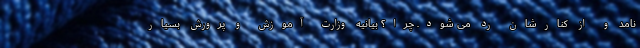
نامد و از کنارشان رد می شود. چرا؟ بیانیه وزارت آموزش و پرورش بسیار